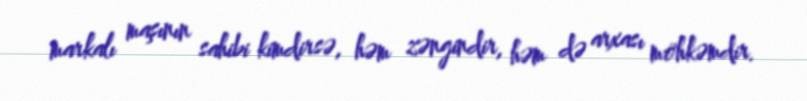
markalı maşının sahibi kimdirsə, həm zəngindir, həm də arxası möhkəmdir.